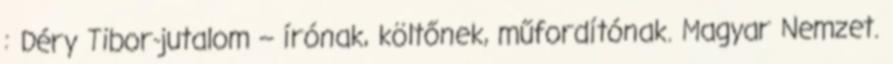
: Déry Tibor-jutalom – írónak, költőnek, műfordítónak. Magyar Nemzet.